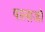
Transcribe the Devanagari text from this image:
पालाजो